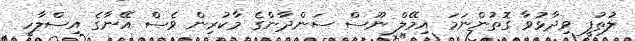
ލުތުފީ ވިދާޅުވާ ގޮތުންނަމަ އިމޭލް ނޫސް ސަންދާންގެ މާކުރިން ވެސް އޭނާގެ އިސްލާހީ